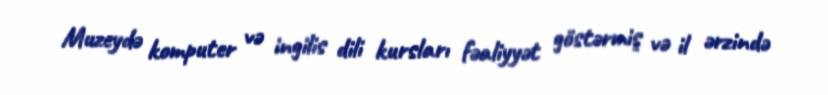
Muzeydə komputer və ingilis dili kursları fəaliyyət göstərmiş və il ərzində